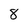
Character: 8